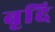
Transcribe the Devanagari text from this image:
बृद्दि